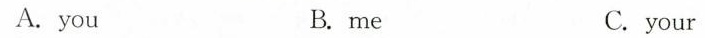
A. you B. me C.your